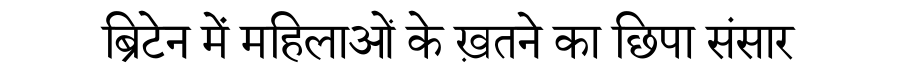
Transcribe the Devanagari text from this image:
ब्रिटेन में महिलाओं के ख़तने का छिपा संसार